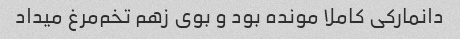
دانمارکی کاملا مونده بود و بوی زهم تخم‌مرغ میداد